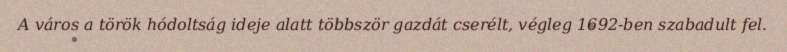
A város a török hódoltság ideje alatt többször gazdát cserélt, végleg 1692-ben szabadult fel.